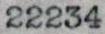
22234